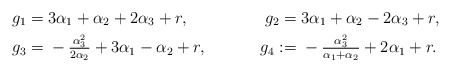
\begin{align*}g_1 ={}& 3\alpha_1 + \alpha_2 +2\alpha_3 + r, &g_2 ={}& 3\alpha_1 + \alpha_2 -2\alpha_3 + r , \\g_3 ={}& -\tfrac{\alpha_3^2}{2\alpha_2} + 3\alpha_1 -\alpha_2 + r, &g_4:={}& -\tfrac{\alpha_3^2}{\alpha_1+ \alpha_2} + 2\alpha_1 + r.\end{align*}